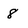
Character: 8